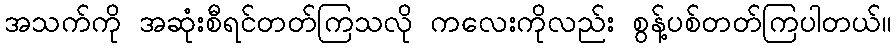
အသက်ကို အဆုံးစီရင်တတ်ကြသလို ကလေးကိုလည်း စွန့်ပစ်တတ်ကြပါတယ်။